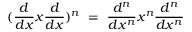
( { \frac { d } { d x } } x { \frac { d } { d x } } ) ^ { n } \ = \ { \frac { d ^ { n } } { d x ^ { n } } } x ^ { n } { \frac { d ^ { n } } { d x ^ { n } } }